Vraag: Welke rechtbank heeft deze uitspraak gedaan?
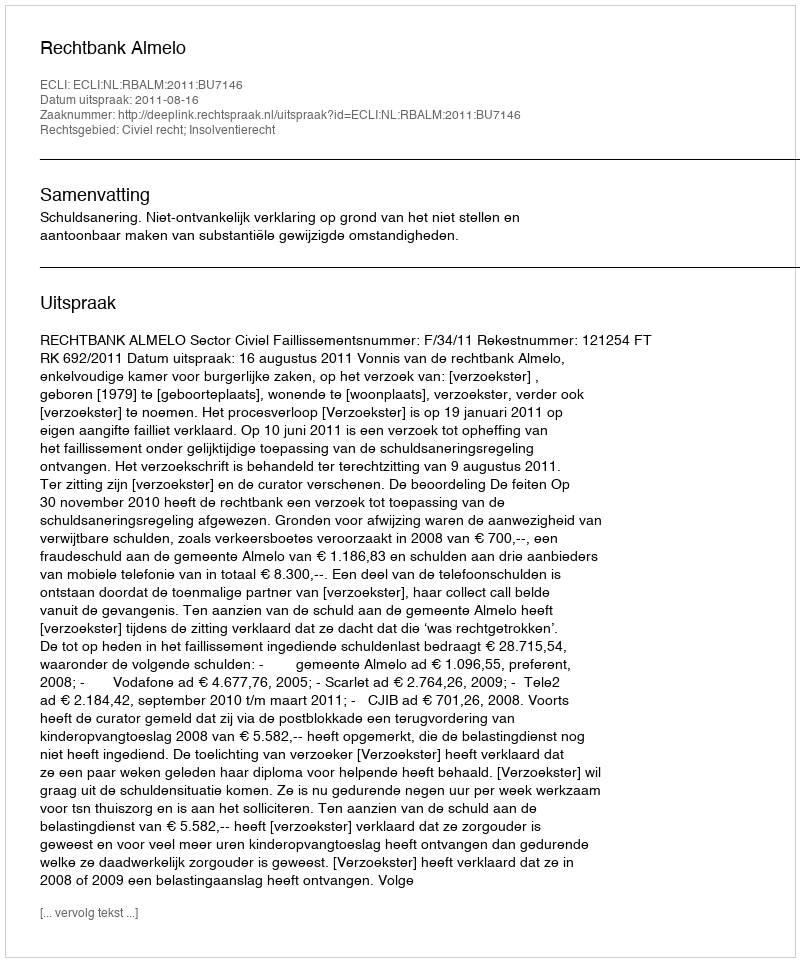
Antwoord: Rechtbank Almelo